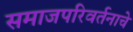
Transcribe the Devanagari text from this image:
समाजपरिवर्तनाचे